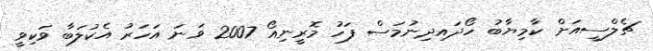
ޗެލްސީއަށް ކާމިޔާބު ހޯދައިދިނުމަސް ފަހު މޮރީނިއޯ 2007 ވަނަ އަހަރު އެކުލަބާ ވަކިވީ